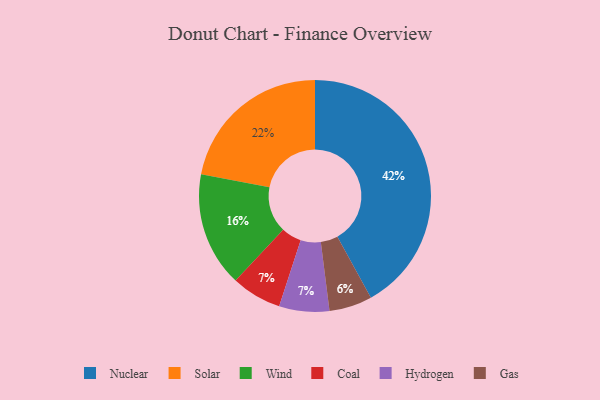
{"axis": {"x": "Category", "y": "Percentage"}, "legend": ["Coal", "Gas", "Hydrogen", "Nuclear", "Solar", "Wind"], "data": [{"x": "Solar", "y": 22, "type": "Solar"}, {"x": "Coal", "y": 7, "type": "Coal"}, {"x": "Hydrogen", "y": 7, "type": "Hydrogen"}, {"x": "Gas", "y": 6, "type": "Gas"}, {"x": "Wind", "y": 16, "type": "Wind"}, {"x": "Nuclear", "y": 42, "type": "Nuclear"}]}